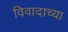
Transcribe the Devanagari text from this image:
विवादाच्या